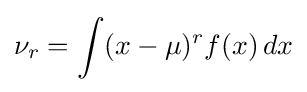
\nu _{r}=\int (x-\mu )^{r}f(x)\,dx